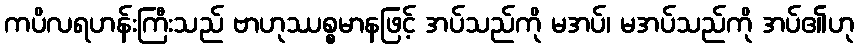
ကပိလရဟန်းကြီးသည် ဗာဟုဿစ္စမာနဖြင့် အပ်သည်ကို မအပ်၊ မအပ်သည်ကို အပ်၏ဟု